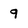
Character: 9